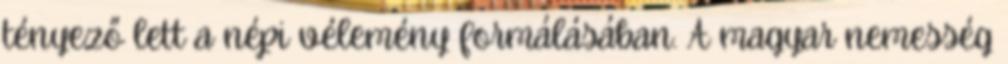
tényező lett a népi vélemény formálásában. A magyar nemesség